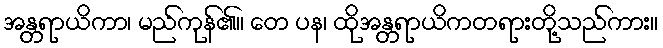
အန္တရာယိကာ၊ မည်ကုန်၏။ တေ ပန၊ ထိုအန္တရာယိကတရားတို့သည်ကား။